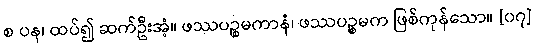
စ ပန၊ ထပ်၍ ဆက်ဦးအံ့။ ဖဿပဉ္စမကာနံ၊ ဖဿပဉ္စမက ဖြစ်ကုန်သော။ [၀၇]